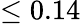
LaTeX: \leq 0.14